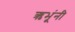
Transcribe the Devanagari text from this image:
ऋभूंनी